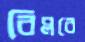
বিপ্লবে